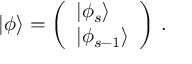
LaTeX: | \phi \rangle = \left( \begin{array} { l } { { | \phi _ { s } \rangle } } \\ { { | \phi _ { s - 1 } \rangle } } \end{array} \right) \, .